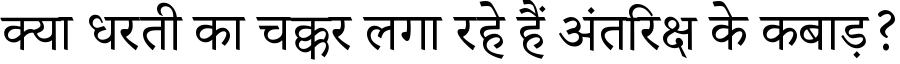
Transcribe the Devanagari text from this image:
क्या धरती का चक्कर लगा रहे हैं अंतरिक्ष के कबाड़?